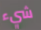
شيء